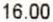
16.00